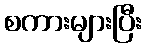
စကားများပြီး